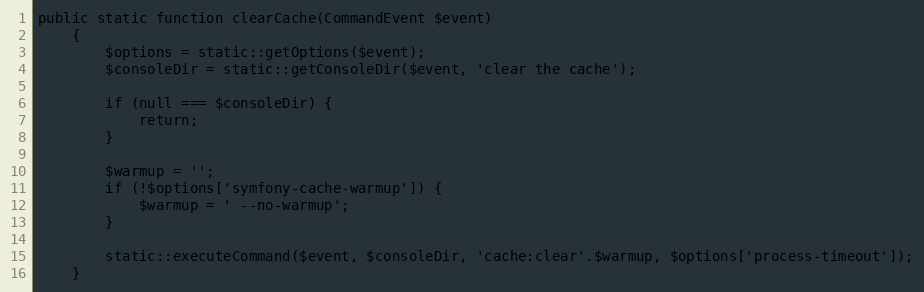
Language: PHP
public static function clearCache(CommandEvent $event)
    {
        $options = static::getOptions($event);
        $consoleDir = static::getConsoleDir($event, 'clear the cache');

        if (null === $consoleDir) {
            return;
        }

        $warmup = '';
        if (!$options['symfony-cache-warmup']) {
            $warmup = ' --no-warmup';
        }

        static::executeCommand($event, $consoleDir, 'cache:clear'.$warmup, $options['process-timeout']);
    }